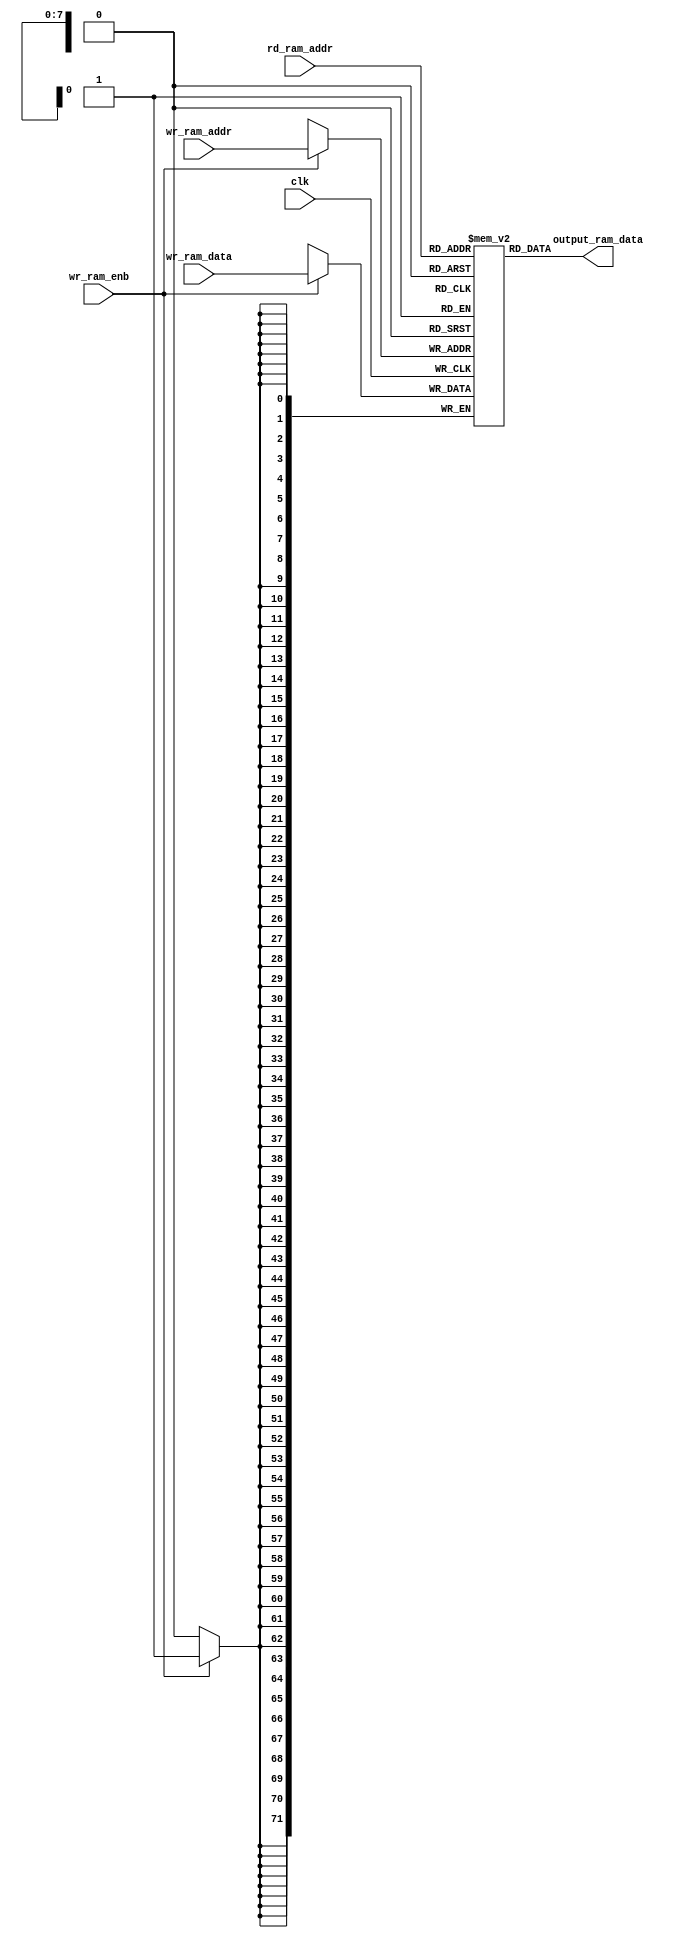
`timescale 1ns / 1ps
//////////////////////////////////////////////////////////////////////////////////
// Company: 
// Engineer: 
// 
// Design Name: 
// Module Name:    dual_async_distributed_ram 
// Project Name: 
// Target Devices: 
// Tool versions: 
// Description: 
//
// Dependencies: 
//
// Revision: 
// Revision 0.01 - File Created
// Additional Comments: 
//
//////////////////////////////////////////////////////////////////////////////////
module dual_async_distributed_ram
#( parameter RAM_WIDTH 		= 72,	// Bits for each row.
   parameter RAM_ADDR_BITS = 8) 	// Address of array.
(
	input									clk,
	input 								wr_ram_enb,
	input 	[RAM_ADDR_BITS-1:0] 	wr_ram_addr,
   input 	[RAM_WIDTH-1:0] 		wr_ram_data,
	input 	[RAM_ADDR_BITS-1:0] 	rd_ram_addr,
   output 	[RAM_WIDTH-1:0]		output_ram_data
);

   (* RAM_STYLE="{AUTO | DISTRIBUTED | PIPE_DISTRIBUTED}" *)
	// Memory of 256 rows, each row is 72 bits.
   reg [RAM_WIDTH-1:0] sys_mem [(2**RAM_ADDR_BITS)-1:0];

   always @(posedge clk)
      if (wr_ram_enb)
         sys_mem[wr_ram_addr] <= wr_ram_data;

   assign output_ram_data = sys_mem[rd_ram_addr];


endmodule